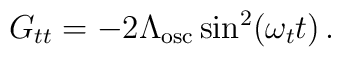
G_{tt} = - 2\Lambda_\mathrm{osc} \sin^2(\omega_t t)\,.